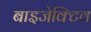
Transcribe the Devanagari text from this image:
बाइजेक्टिव